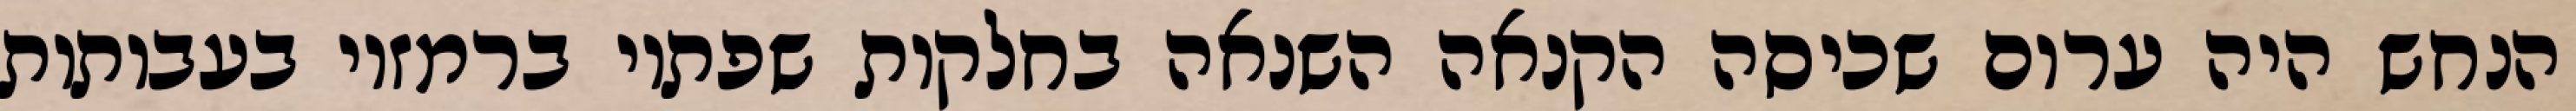
הנחש היה ערום שכיסה הקנאה השנאה בחלקות שפתיו ברמזיו בעבותות